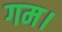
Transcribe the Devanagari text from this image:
गम।